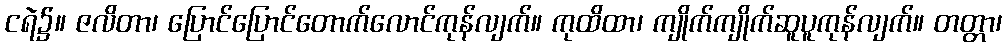
ငရဲ၌။ ဇလိတာ၊ ပြောင်ပြောင်တောက်လောင်ကုန်လျက်။ ကုထိထာ၊ ကျိုက်ကျိုက်ဆူပူကုန်လျက်။ တတ္တာ၊